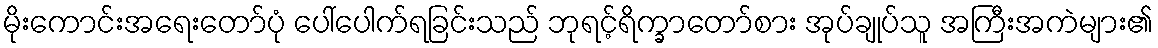
မိုးကောင်းအရေးတော်ပုံ ပေါ်ပေါက်ရခြင်းသည် ဘုရင့်ရိက္ခာတော်စား အုပ်ချုပ်သူ အကြီးအကဲများ၏